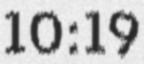
10:19